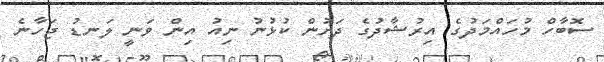
ސޮބާހް މުހައްމަދުގެ އިރުޝާދުގެ ދަށުން ކުޅުނު ނިއު އިން ވަނީ ލަނޑު ޖަހާނެ